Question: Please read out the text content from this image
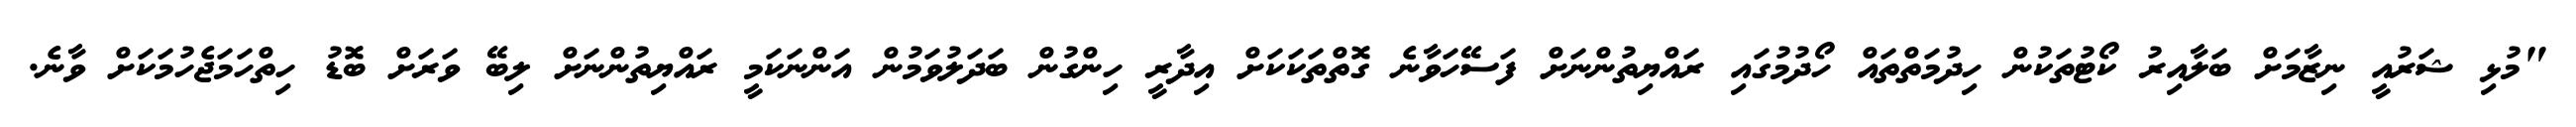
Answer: "މުޅި ޝަރުއީ ނިޒާމަށް ބަލާއިރު ކޯޓުތަކުން ހިދުމަތްތައް ހޯދުމުގައި ރައްޔިތުންނަށް ފަސޭހަވާނެ ގޮތްތަކަކަށް އިދާރީ ހިންގުން ބަދަލުވަމުން އަންނަކަމީ ރައްޔިތުންނަށް ލިބޭ ވަރަށް ބޮޑު ހިތްހަމަޖެހުމަކަށް ވާނެ.